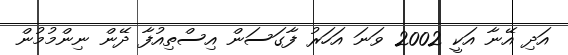
އަދި އޭނާ އަކީ 2002 ވަނަ އަހަރު ފާގަސަން އިސްތިއުފާ ދޭން ނިންމުމުން